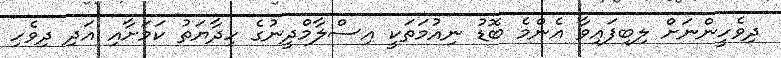
ދިވެހީންނަށް ލިބިފައިވާ އެންމެ ބޮޑު ނިއުމަތަކީ އިސްލާމްދީނުގެ ހިދާޔަތު ކަމަށާއި އަދި ދިވެހި